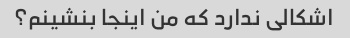
اشکالی ندارد که من اینجا بنشینم؟